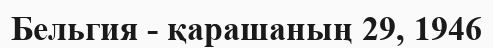
Бельгия - қарашаның 29, 1946